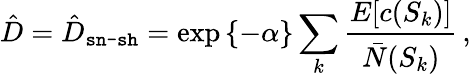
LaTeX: \hat{D}=\hat{D}_{\texttt{sn-sh}}=\exp\left\{ -\alpha\right\} \sum_{k}\frac{E[c(S_{k})]}{\bar{N}(S_{k})}\, ,